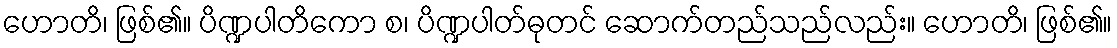
ဟောတိ၊ ဖြစ်၏။ ပိဏ္ဍပါတိကော စ၊ ပိဏ္ဍပါတ်ဓုတင် ဆောက်တည်သည်လည်း။ ဟောတိ၊ ဖြစ်၏။